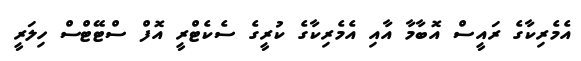
އެމެރިކާގެ ރައީސް އޮބާމާ އާއި އެމެރިކާގެ ކުރީގެ ސެކެޓްރީ އޮފް ސްޓޭޓްސް ހިލަރީ